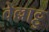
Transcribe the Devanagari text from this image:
वेल्लाट्टु